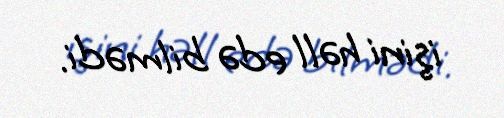
işini həll edə bilmədi.